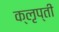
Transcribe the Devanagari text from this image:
क्लृप्ती